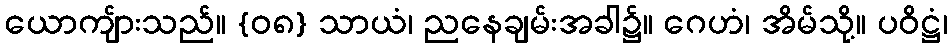
ယောကျ်ားသည်။ {၀၈} သာယံ၊ ညနေချမ်းအခါ၌။ ဂေဟံ၊ အိမ်သို့။ ပဝိဋ္ဌံ၊